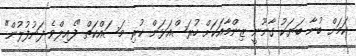
ކަމަށް ބުނާ ބަޔަކު ގާނޫނީ ޒިންމާއަކަށް ހުރަސްއަޅަން ކުރި މަސައްކަތް "ފެއިލްވެ ފަނުފުލުން"